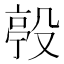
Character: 𣪢